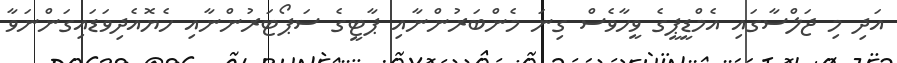
އަދި މި ޖަލްސާގައި އެމްޑީޕީގެ ވީހާވެސް ގިނަ މެންބަރުންނާއި ޕާޓީގެ ސަޕޯޓަރުންނާއި ހެޔޮއެދިވަޑައިގަންނަވާ